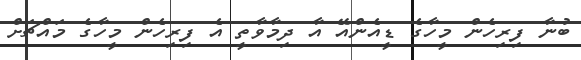
ބުނާ ފިރިހެން މީހާގެ ޑީއެންއޭ އާ ދިމާވާތީ އެ ފިރިހެން މީހާގެ މައްޗަށް